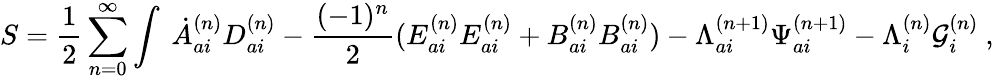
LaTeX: S=\frac{1}{2}\sum_{n=0}^{\infty}\int\ \dot{A}_{ai}^{(n)}D_{ai}^{(n)}-\frac{(-1)^{n}}{2}(E_{ai}^{(n)}E_{ai}^{(n)}+B_{ai}^{(n)}B_{ai}^{(n)})-{\Lambda}_{ai}^{(n+1)}{\Psi}_{ai}^{(n+1)}-{\Lambda}_{i}^{(n)}{\cal G}_{i}^{(n)}\ ,